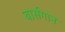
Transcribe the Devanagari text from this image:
बार्सगान